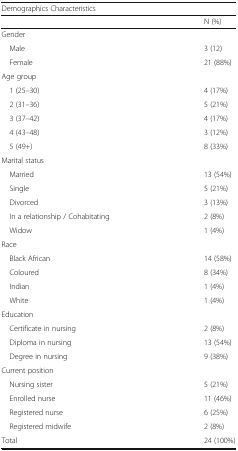
| <COLSPAN=2> Demographics Characteristics |
 |  | N (%) |
 | --- | --- |
 | <COLSPAN=2> Gender |
 | Male | 3 (12) |
 | Female | 21 (88%) |
 | <COLSPAN=2> Age group |
 | 1 (25–30) | 4 (17%) |
 | 2 (31–36) | 5 (21%) |
 | 3 (37–42) | 4 (17%) |
 | 4 (43–48) | 3 (12%) |
 | 5 (49+) | 8 (33%) |
 | <COLSPAN=2> Marital status |
 | Married | 13 (54%) |
 | Single | 5 (21%) |
 | Divorced | 3 (13%) |
 | In a relationship / Cohabitating | 2 (8%) |
 | Widow | 1 (4%) |
 | <COLSPAN=2> Race |
 | Black African | 14 (58%) |
 | Coloured | 8 (34%) |
 | Indian | 1 (4%) |
 | White | 1 (4%) |
 | <COLSPAN=2> Education |
 | Certificate in nursing | 2 (8%) |
 | Diploma in nursing | 13 (54%) |
 | Degree in nursing | 9 (38%) |
 | <COLSPAN=2> Current position |
 | Nursing sister | 5 (21%) |
 | Enrolled nurse | 11 (46%) |
 | Registered nurse | 6 (25%) |
 | Registered midwife | 2 (8%) |
 | Total | 24 (100%) |